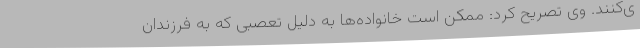
ی‌کنند. وی تصریح کرد: ممکن است خانواده‌ها به دلیل تعصبی که به فرزندان